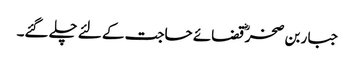
جبار بن صخرؓ قضائے حاجت کے لئے چلے گئے۔